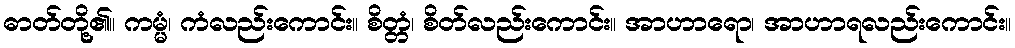
ဓာတ်တို့၏။ ကမ္မံ၊ ကံလည်းကောင်း။ စိတ္တံ၊ စိတ်လည်းကောင်း။ အာဟာရော၊ အာဟာရလည်းကောင်း။